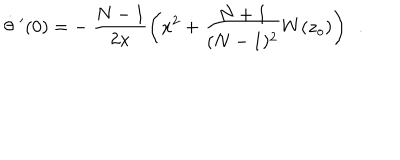
LaTeX: \dot { \theta } \ ^ { \prime } ( 0 ) = - \ \frac { N - 1 } { 2 x } \left( x ^ { 2 } + \frac { N + 1 } { ( N - 1 ) ^ { 2 } } W ( z _ { o } ) \right) \ \ .